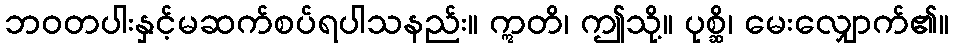
ဘဝတပါးနှင့်မဆက်စပ်ရပါသနည်း။ ဣတိ၊ ဤသို့။ ပုစ္ဆိ၊ မေးလျှောက်၏။